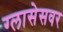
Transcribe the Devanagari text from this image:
ग्लासेसवर